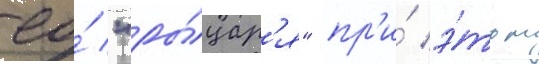
ео́ "ры́цар'я" пр'и́ э́том